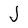
Character: J